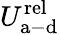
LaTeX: U_{\mathrm{a-d}}^{\mathrm{rel}}